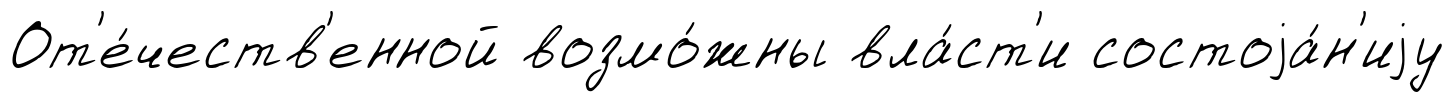
От'е́честв'енной возмо́жны вла́ст'и состоjа́н'иjу